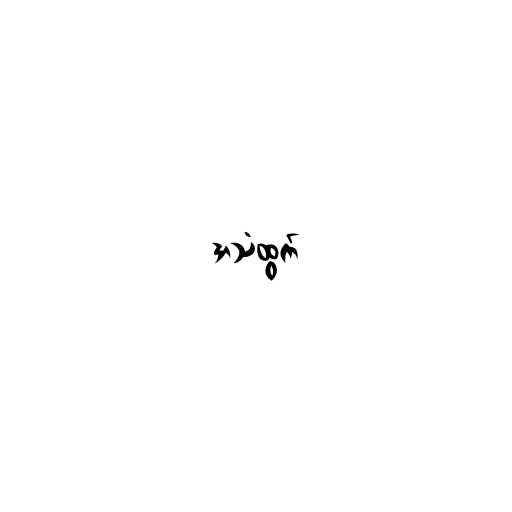
အသံထွက်